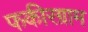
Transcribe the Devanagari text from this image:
फकीरग्राम